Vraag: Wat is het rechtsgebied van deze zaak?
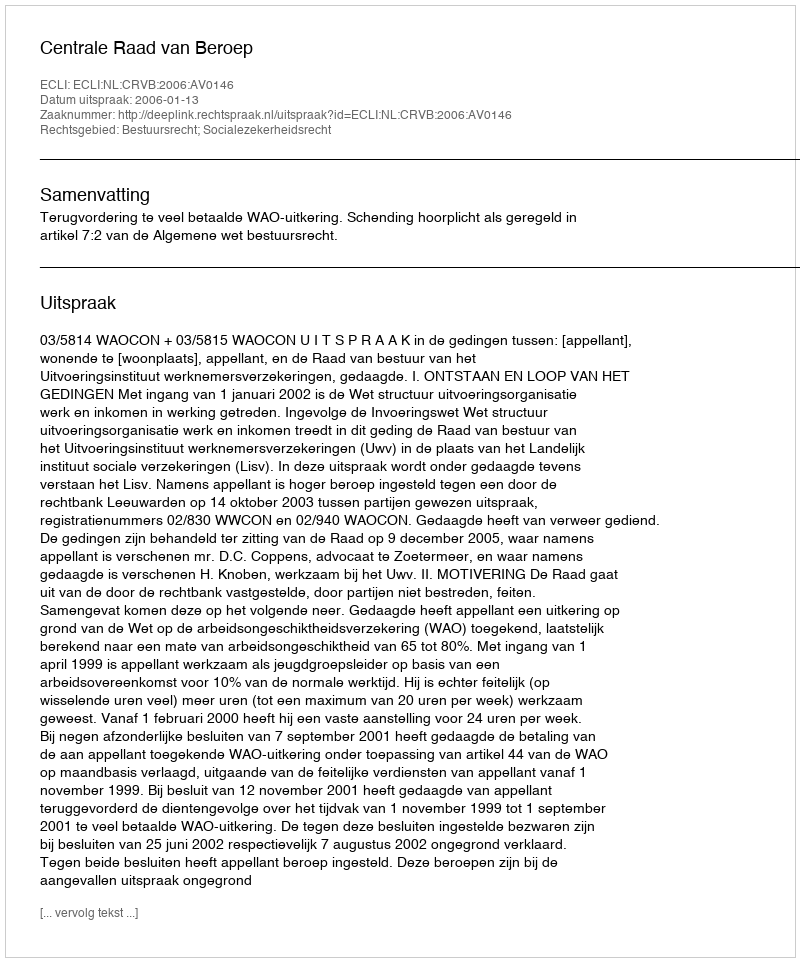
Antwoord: Bestuursrecht; Socialezekerheidsrecht